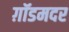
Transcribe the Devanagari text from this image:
ग़ॉडमदर